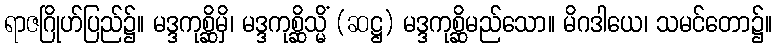
ရာဇဂြိုဟ်ပြည်၌။ မဒ္ဒကုစ္ဆိမှိ၊ မဒ္ဒကုစ္ဆိသ္မိံ (ဆဋ္ဌ) မဒ္ဒကုစ္ဆိမည်သော။ မိဂဒါယေ၊ သမင်တော၌။